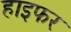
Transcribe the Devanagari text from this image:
हाइफर